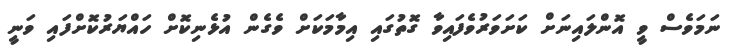
ނަމަވެސް ވީ އޮންލައިނަށް ކަށަވަރުވެފައިވާ ގޮތުގައި އިމާމަކަށް ވެގެން އުޅެނިކޮށް ހައްޔަރުކޮށްފައި ވަނީ